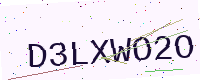
Text: D3LXWO2O